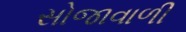
સોજાવાળી